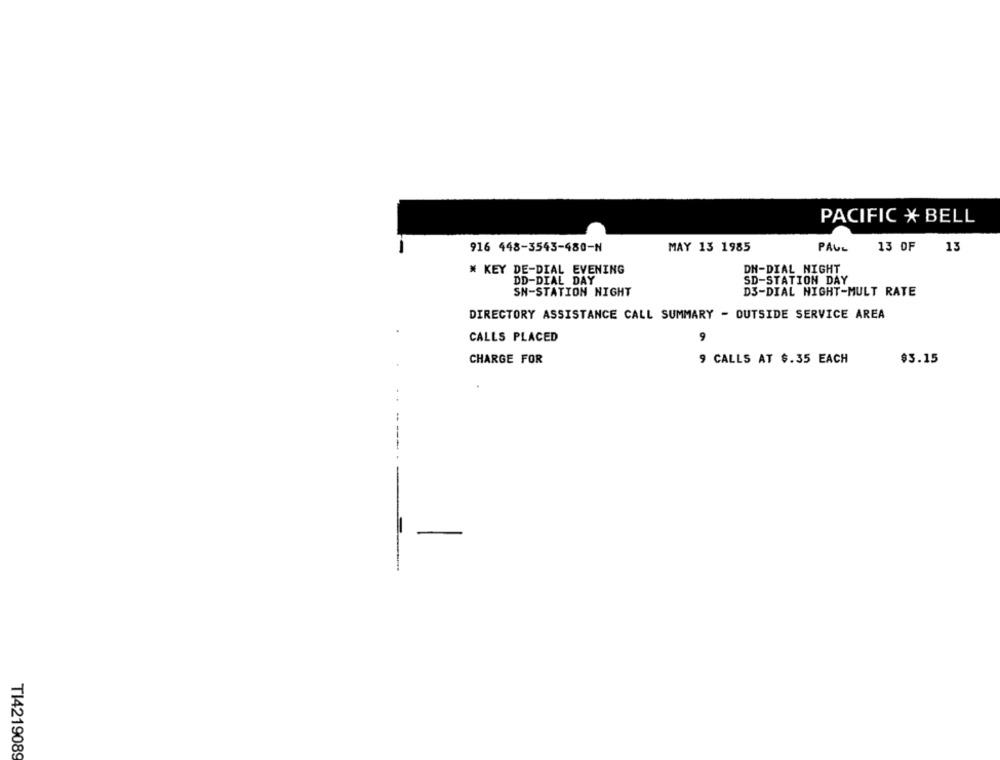
PACIFIC * BELL
916 448-3543-480-N
MAY 13 1985
PAUL
13 OF
13
# KEY DE-DIAL EVENING
DH-DIAL NIGHT
DD-DIAL DAY
SD-STATION DAY
SN-STATION NIGHT
D3-DIAL NIGHT-MULT RATE
DIRECTORY ASSISTANCE CALL SUMMARY - OUTSIDE SERVICE AREA
CALLS PLACED
CHARGE FOR
9 CALLS AT $.35 EACH
$3.15
T14219089